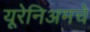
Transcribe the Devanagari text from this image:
यूरेनिअमचे